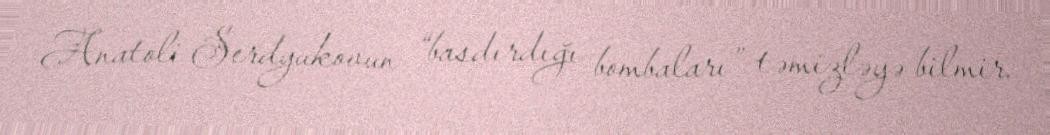
Anatoli Serdyukovun “basdırdığı bombaları” təmizləyə bilmir.